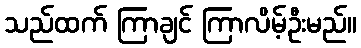
သည်ထက် ကြာချင် ကြာလိမ့်ဦးမည်။